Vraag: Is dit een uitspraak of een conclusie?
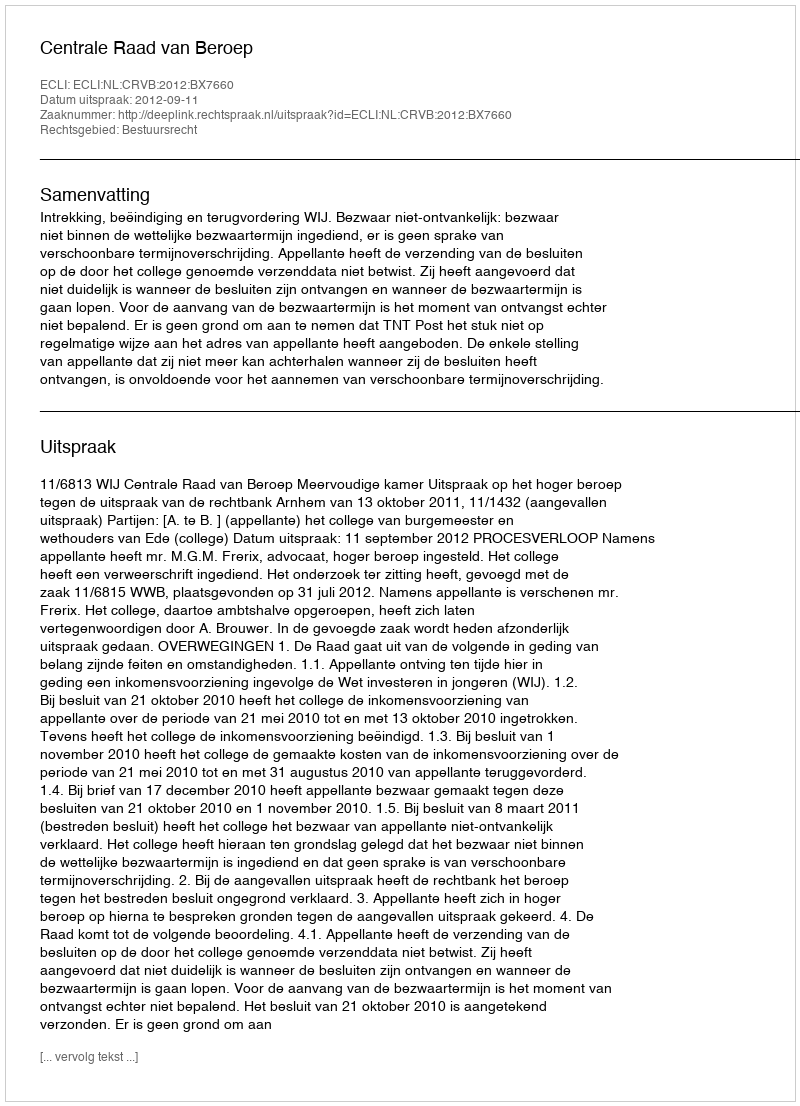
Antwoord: Uitspraak